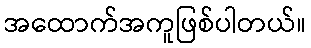
အထောက်အကူဖြစ်ပါတယ်။